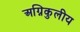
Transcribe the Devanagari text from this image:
अग्निकुलीय